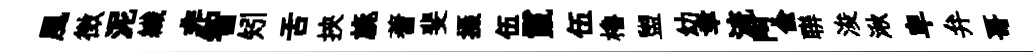
風徴泥纎非智矧舌挾旐蓍斐摄伍鬣伍櫓盥幼幸流阿兪聨浚湫卑弁哥